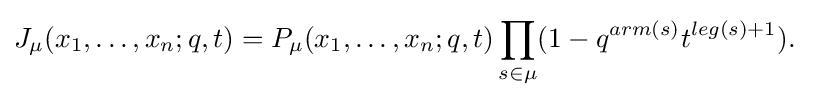
J_{\mu }(x_{1},\ldots ,x_{n};q,t)=P_{\mu }(x_{1},\ldots ,x_{n};q,t)\prod _{s\in \mu }(1-q^{arm(s)}t^{leg(s)+1}).\